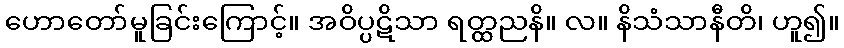
ဟောတော်မူခြင်းကြောင့်။ အဝိပ္ပဋိသာ ရတ္ထညနိ။ လ။ နိသံသာနီတိ၊ ဟူ၍။